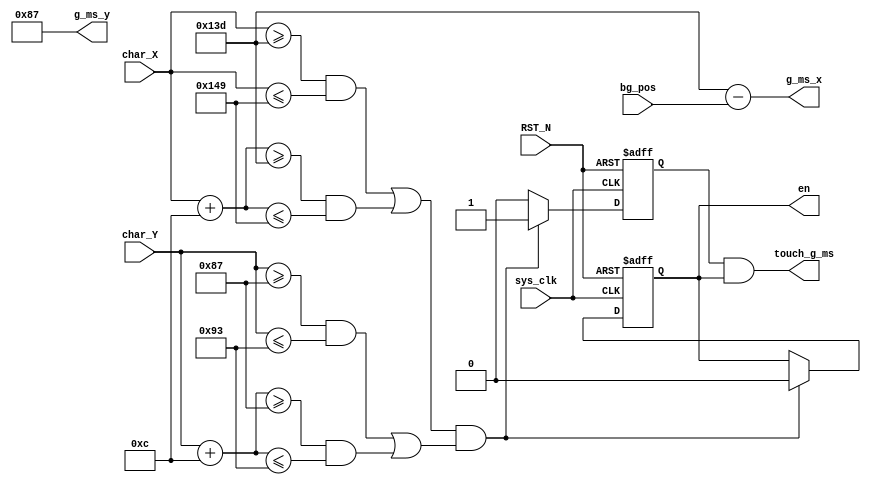
`timescale 1ns / 1ps

module G_MS(input sys_clk,
	input  [9:0] char_X,
	input  [9:0] char_Y,
	input  [9:0] bg_pos,
	input RST_N,
    output wire [9:0] g_ms_x,
    output wire [9:0] g_ms_y,
    output touch_g_ms,
    output  en
);
  reg [9:0] g_ms_x_r = 10'd317;
  reg [9:0] g_ms_y_r = 10'd135;
  reg enable = 1'b1;
  reg touch;
  assign g_ms_x = g_ms_x_r - bg_pos;
  assign g_ms_y = g_ms_y_r;
  assign touch_g_ms = touch & enable;
  assign en = enable;
  
  always@(posedge sys_clk or negedge RST_N)
    begin
      if(!RST_N)
        begin
          enable <= 1'b1;
          touch <= 1'b0;
        end
      else if( ((((char_X >= g_ms_x_r) && (char_X <= g_ms_x_r + 10'd12)) || ((char_X + 10'd12 >= g_ms_x_r) && (char_X + 10'd12 <= g_ms_x_r + 10'd12)))) & ((((char_Y >= g_ms_y_r) && (char_Y <= g_ms_y_r + 10'd12)) || ((char_Y + 10'd12 >= g_ms_y_r) && (char_Y + 10'd12 <= g_ms_y_r + 10'd12)))) ) 
        begin 
          enable <= 1'b0;
          touch <= 1'b1;
        end
      else
        touch <= 1'b0;
    end
    
endmodule